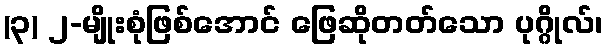
(၃) ၂-မျိုးစုံဖြစ်အောင် ဖြေဆိုတတ်သော ပုဂ္ဂိုလ်၊